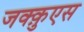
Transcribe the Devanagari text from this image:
जक्क़ुएस